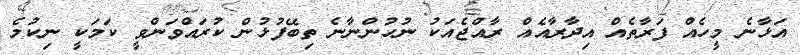
އަޅާނެ މީހެއް ފަރާތެއް އިދާރާއެއް ރާއްޖެއަކު ނުހުންނާނެ ތިބޭފުޅުން ކުރައްވަންވީ ކަމަކީ ނިކުމެ